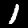
Digit: 1